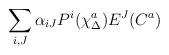
LaTeX: \begin{align*}\sum_{i,J} \alpha_{iJ} P^i(\chi^a_\Delta) E^J(C^a)\end{align*}